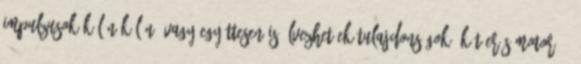
impulzusok külön-külön, vagy együttesen is élvezhetőek.Tulajdonságok:-két erős motor: 1